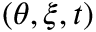
( \theta , \xi , t )